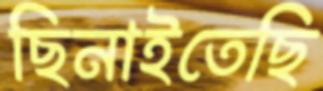
ছিনাইতেছি